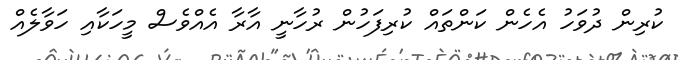
ކުރިން ދުވަހު އެހެން ކަންތައް ކުރިފަހުން ރުހާނީ އާރާ އެއްވެސް މީހަކާއި ހަވާލެއް